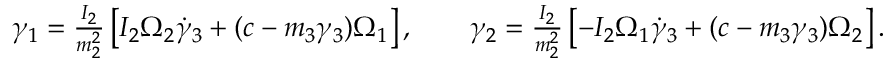
\begin{array} { r } { \gamma _ { 1 } = \frac { I _ { 2 } } { m _ { 2 } ^ { 2 } } \left[ I _ { 2 } \Omega _ { 2 } \dot { \gamma } _ { 3 } + ( c - m _ { 3 } \gamma _ { 3 } ) \Omega _ { 1 } \right] , \qquad \gamma _ { 2 } = \frac { I _ { 2 } } { m _ { 2 } ^ { 2 } } \left[ - I _ { 2 } \Omega _ { 1 } \dot { \gamma } _ { 3 } + ( c - m _ { 3 } \gamma _ { 3 } ) \Omega _ { 2 } \right] . } \end{array}